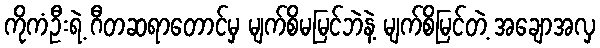
ကိုကံဦးရဲ့ ဂီတဆရာတောင်မှ မျက်စိမမြင်ဘဲနဲ့ မျက်စိမြင်တဲ့ အချောအလှ